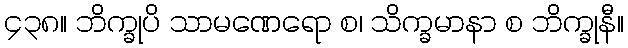
၄၃၈။ ဘိက္ခုပိ သာမဏေရော စ၊ သိက္ခမာနာ စ ဘိက္ခုနီ။